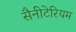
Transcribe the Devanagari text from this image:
सैनीटेरियम